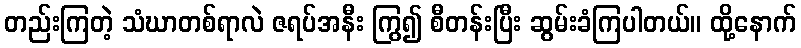
တည်းကြတဲ့ သံဃာတစ်ရာလဲ ဇရပ်အနီး ကြွ၍ စီတန်းပြီး ဆွမ်းခံကြပါတယ်။ ထို့နောက်